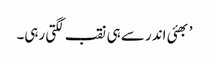
’ بھئی اندر سے ہی نقب لگتی رہی۔